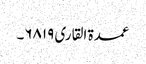
عمدۃ القاری ۶۸۱۹۔